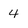
Character: 4